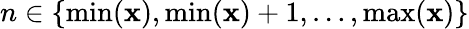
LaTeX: n\in\{ \operatorname*{min}(\mathbf x),\operatorname*{min}(\mathbf x)+1,\dots,\operatorname*{max}(\mathbf x)\}